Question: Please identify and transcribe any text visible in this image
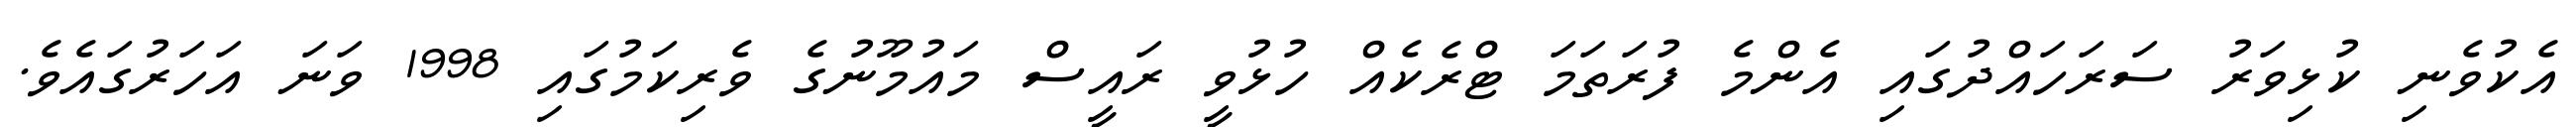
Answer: އެކުވެނި ކުޅިވަރު ސަރަހައްދުގައި އެންމެ ފުރަތަމަ ޓްރެކެއް ހުޅުވީ ރައީސް މައުމޫނުގެ ވެރިކަމުގައި 1998 ވަނަ އަހަރުގައެވެ.